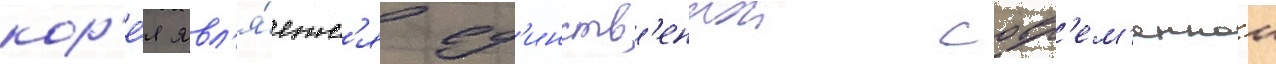
кор'е́я явл'я́етс'я ед'инств'еннои совр'ем'еннои